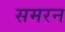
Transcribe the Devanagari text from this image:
समरन